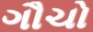
ગૌચો